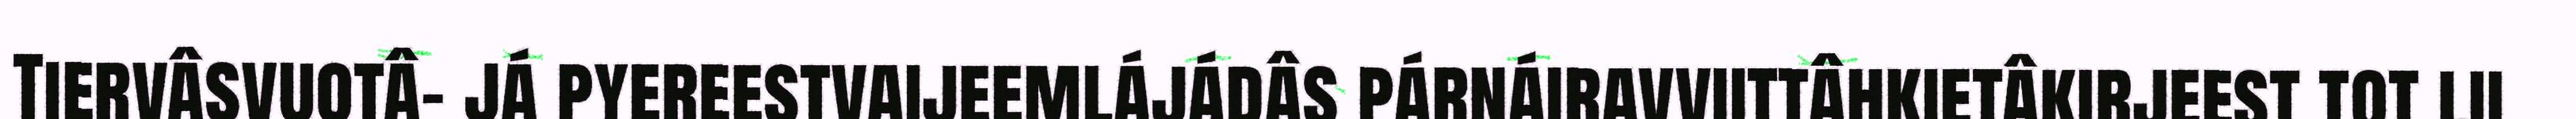
Tiervâsvuotâ- já pyereestvaijeemlájádâs párnáiravviittâhkietâkirjeest tot lii